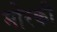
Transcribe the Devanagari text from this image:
मोरकी